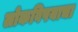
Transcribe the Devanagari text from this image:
लोकविषयाचा